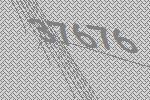
37676